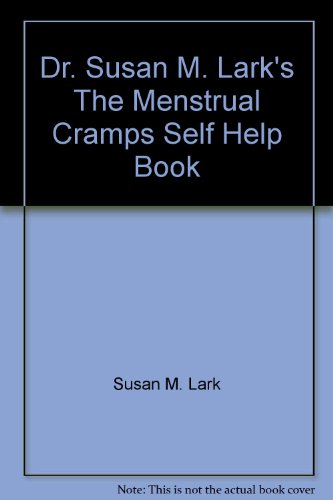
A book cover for Dr. Susan M. Lark's The Menstrual Cramps Self Help Book: Effective Solutions for Pain & Discomfort Due to Menstrual Cramps & PMS; Susan M. Lark; Health, Fitness & Dieting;